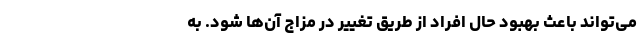
می‌تواند باعث بهبود حال افراد از طریق تغییر در مزاج آن‌ها شود. به